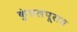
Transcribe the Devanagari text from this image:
कुंतलपूरात